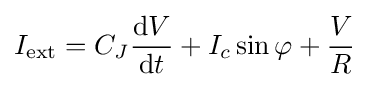
I_{\text{ext}}=C_{J}{\frac {\operatorname {d} \!V}{\operatorname {d} \!t}}+I_{c}\sin \varphi +{\frac {V}{R}}